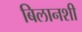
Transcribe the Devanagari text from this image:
बिलानशी